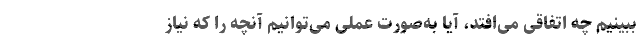
ببینیم چه اتفاقی می‌افتد، آیا به‌صورت عملی می‌توانیم آنچه را که نیاز